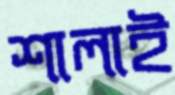
শালাই